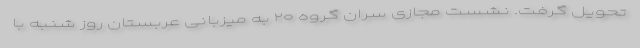
تحویل گرفت. نشست مجازی سران گروه ۲۰ به میزبانی عربستان روز شنبه با